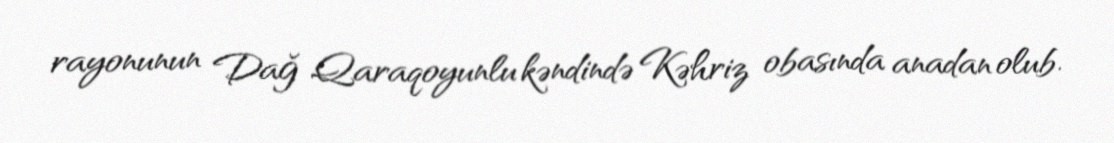
rayonunun Dağ Qaraqoyunlu kəndində Kəhriz obasında anadan olub.